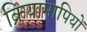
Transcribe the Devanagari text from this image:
क्रियामापियों